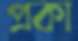
প্রকা